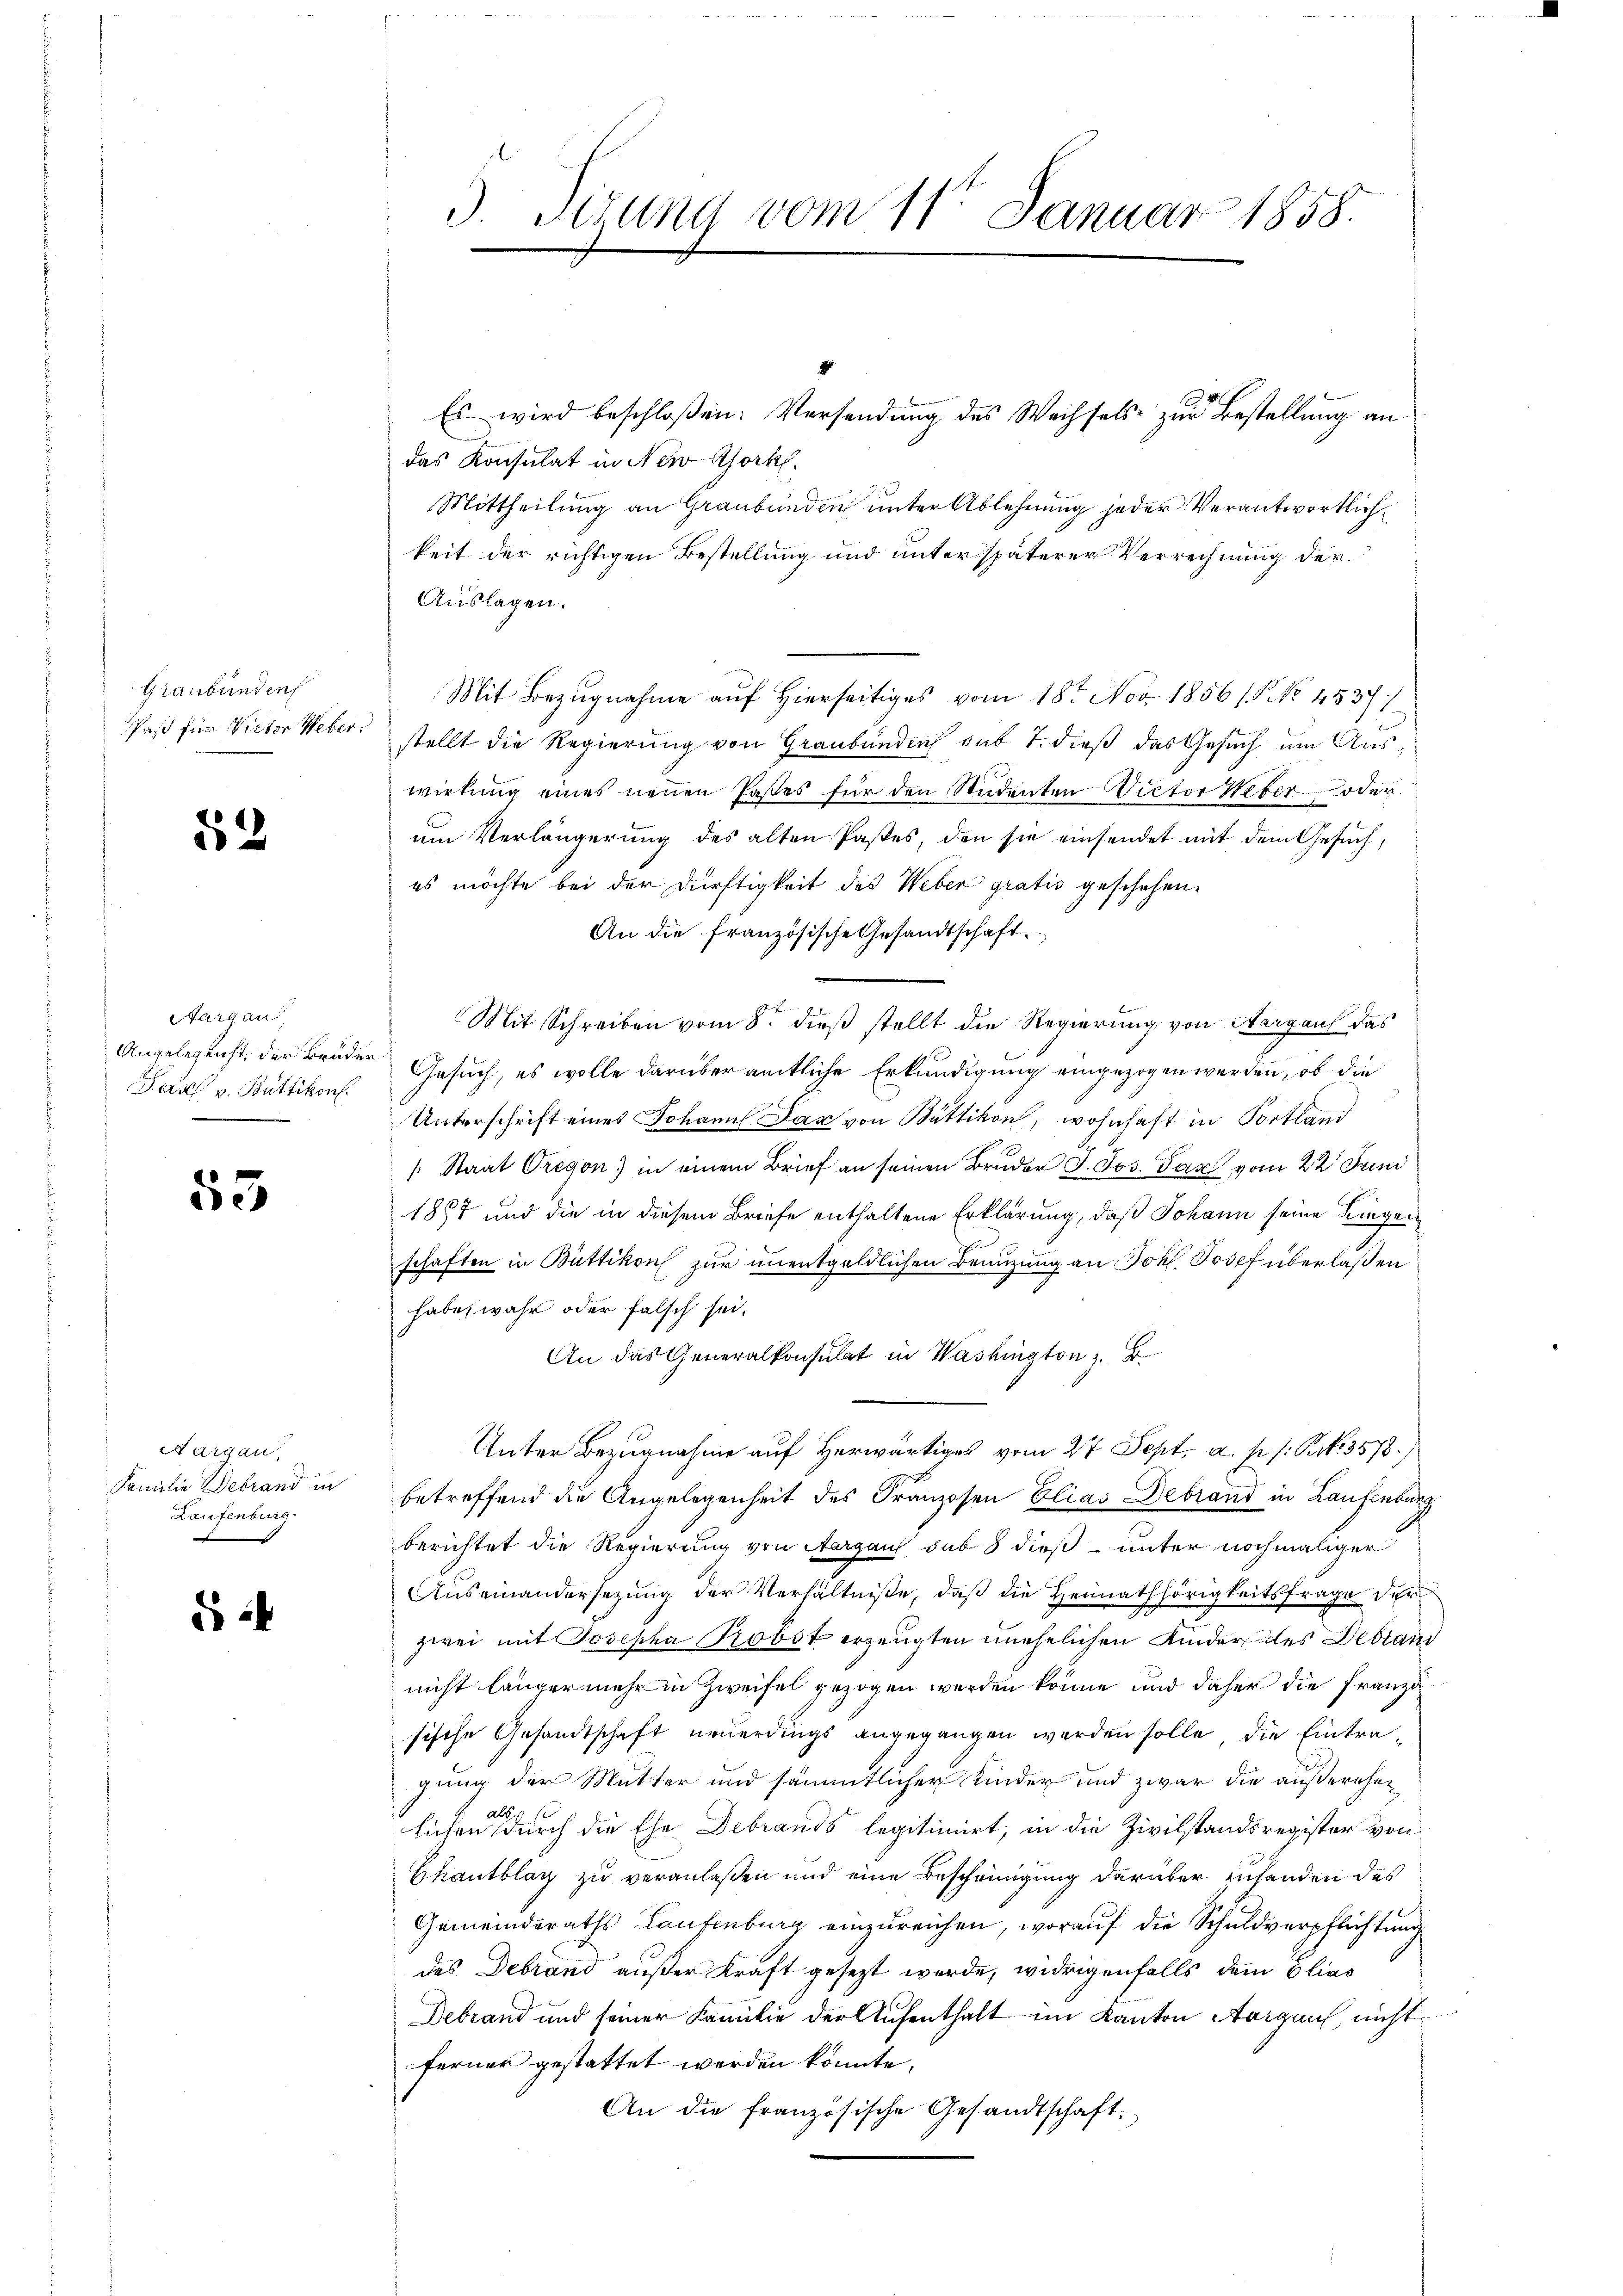
Graubünden

52

Margau
Angelegenst, der Brüder¬
Paul v. Büttikon.

53

Aargau,
Familie Debrand in
Laufenburg.

2
Es wird beschloßen: Versendung des Wechsels zur Bestellung an
das Konsulat in New York
Mittheilung an Graubünden unter Ablehnung jeder Verantwortlichkeit der richtigen Bestellung und unter späterer Verrechnung der
Auslagen.
Mit Bezugnahme auf Hierseitiges vom 18t Nov. 1856 / 5. No. 45371
paß für Victor Weber stellt die Regierung von Graubünden sub 7. dieß das Gesuch um Auswirkung eines neuen Pastes für den Studenten Victor Weber oder
um Verlängerung des alten Pastes, den sie einsendet mit dem Gesuch,
es möchte bei der Dürftigkeit des Weber gratis geschehen.
An die französische Gesandtschaft
Mit Schreiben vom 8. dieß stellt die Regierung von Margau das
Gesuch, es wolle darüber amtliche Erkundigung eingezogen werden, ob die
Unterschrift eines Johann Das von Büttikon, wohnhaft in Portland
[Staat Gregon) in einem Brief an seinen Bruder J. Jos. Das vom 22t Juni
1887 und die in diesem Briefe enthaltene Erklärung, daß Johann seine Liegen
schaften in Büttikon zur unentgeldlichen Beauzung an Joh. Josef überlaßen
habe, wahr oder falsch sei.
An das Generalkonsulat in Washington z. B.
Unter Bezugnahme auf Herwärtiges vom 27 Sept. a. p. /: Perk. 3578.)
betreffend die Angelegenheit des Franzosen Elias Debrand in Laufenburg
berichtet die Regierung von Aargaus, sub 8 dieß unter nochmaliger
Auseinandersetzung der Verhältniße, daß die Heimathörigkeitsfrage der
zwei mit Josepha Probst erzeugten unehelichen Kinder des Debrand
nicht länger mehr in Zweifel gezogen werden könne und daher die Franzisische Gesandtschaft neuerdings angegangen werden solle, die Eintra-
gung der Mutter und sämmtlicher Kinder und zwar die außerehen
lichen durch die Ehe Debrands legitimirt, in die Zivilstandsregister von
Bkautblag zu veranlaßen und eine Bescheinigung darüber zuhanden des
Gemeinderaths Laufenburg einzureichen, worauf die Schuldverpflichtung
des Debrand außer Kraft gesezt werde, widrigenfalls dem Elias
Debrand und seiner Familie der Aufenthalt im Kanton Aargau nicht
ferner gestattet werden könnte,
An die französische Gesandtschaft

3. Titung vom 11ten Januar 1858.